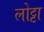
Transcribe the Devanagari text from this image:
लोट्टा